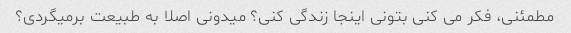
مطمئنی، فکر می کنی بتونی اینجا زندگی کنی؟ میدونی اصلا به طبیعت برمیگردی؟